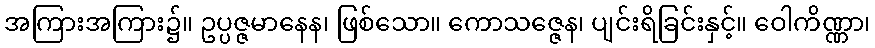
အကြားအကြား၌။ ဥပ္ပဇ္ဇမာနေန၊ ဖြစ်သော။ ကောသဇ္ဇေန၊ ပျင်းရိခြင်းနှင့်။ ဝေါကိဏ္ဏာ၊